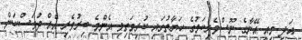
އަދި މިއީ އޭނާގެ ނޫސްވެރިކަމުގެ ހަޔާތުގައި ކުރިމަތިވި އެންމެ ބިރުވެރި އެއް ދުވަސްކަން